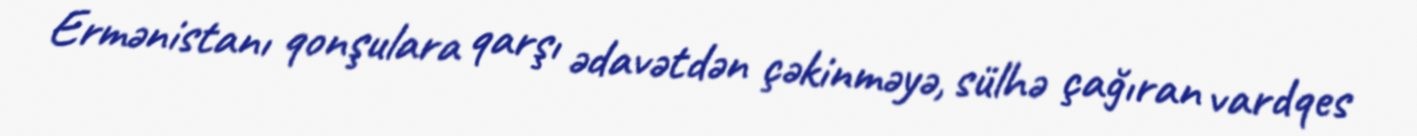
Ermənistanı qonşulara qarşı ədavətdən çəkinməyə, sülhə çağıran vardqes